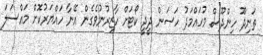
ތަނިދޫ ހިންދޫސް މުހައްމަދު ހަސަން ދީދީ ކޯޓަށް ހާޒިރުނުވެގެން އޭނާ ހައްޔަރުކޮށް މައްސަލަ